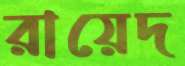
রায়েদ